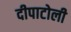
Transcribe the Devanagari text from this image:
दीपाटोली